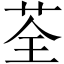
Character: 荃